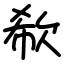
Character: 欷